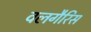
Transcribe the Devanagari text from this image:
वलगैरिस